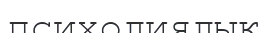
психолиялық